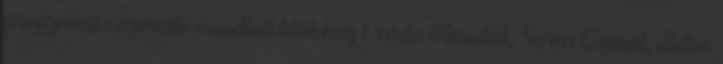
profizmus vezérelte mindkét klubhoz Vasile Miriutát, Sorin Cigant, illetve